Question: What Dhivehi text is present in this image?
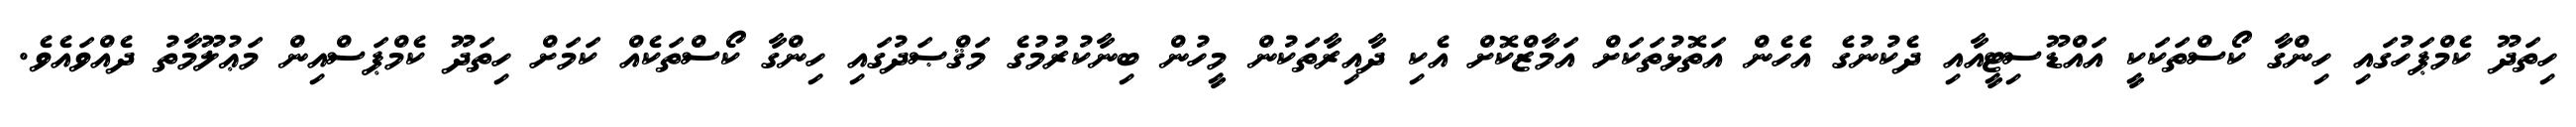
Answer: ހިތަދޫ ކެމްޕަހުގައި ހިންގާ ކޯސްތަކަކީ އައްޑޫސިޓީއާއި ދެކުނުގެ އެހެން އަތޮޅުތަކަށް އަމާޒްކޮށް އެކި ދާއިރާތަކުން މީހުން ބިނާކުރުމުގެ މަޤްޞަދުގައި ހިންގާ ކޯސްތަކެއް ކަމަށް ހިތަދޫ ކެމްޕަސްއިން މަޢުލޫމާތު ދެއްވައެވެ.